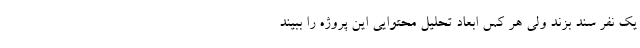
یک نفر سند بزند ولی هر کس ابعاد تحلیل محتوایی این پروژه را ببیند